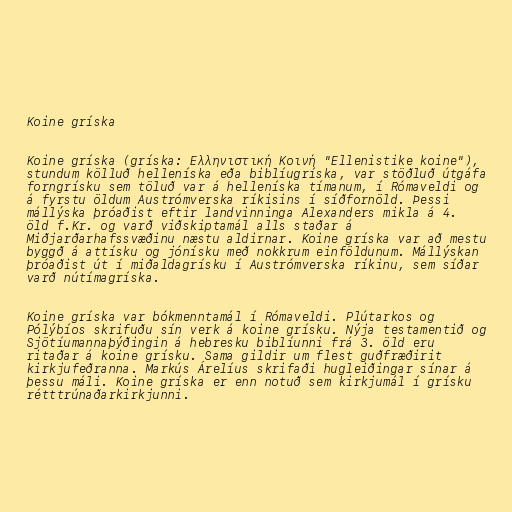
Koine gríska

Koine gríska (gríska: Ελληνιστική Κοινή "Ellenistike koine"),
stundum kölluð helleníska eða biblíugríska, var stöðluð útgáfa
forngrísku sem töluð var á helleníska tímanum, í Rómaveldi og
á fyrstu öldum Austrómverska ríkisins í síðfornöld. Þessi
mállýska þróaðist eftir landvinninga Alexanders mikla á 4.
öld f.Kr. og varð viðskiptamál alls staðar á
Miðjarðarhafssvæðinu næstu aldirnar. Koine gríska var að mestu
byggð á attísku og jónísku með nokkrum einföldunum. Mállýskan
þróaðist út í miðaldagrísku í Austrómverska ríkinu, sem síðar
varð nútímagríska.

Koine gríska var bókmenntamál í Rómaveldi. Plútarkos og
Pólýbíos skrifuðu sín verk á koine grísku. Nýja testamentið og
Sjötíumannaþýðingin á hebresku biblíunni frá 3. öld eru
ritaðar á koine grísku. Sama gildir um flest guðfræðirit
kirkjufeðranna. Markús Árelíus skrifaði hugleiðingar sínar á
þessu máli. Koine gríska er enn notuð sem kirkjumál í grísku
rétttrúnaðarkirkjunni.